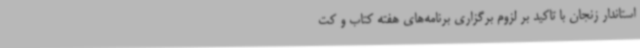
استاندار زنجان با تاکید بر لزوم برگزاری برنامه‌های هفته کتاب و کت